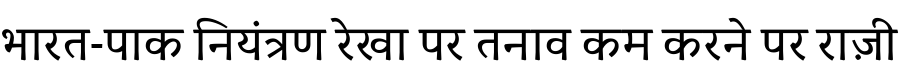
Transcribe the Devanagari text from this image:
भारत-पाक नियंत्रण रेखा पर तनाव कम करने पर राज़ी